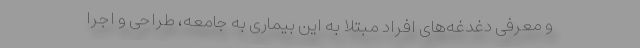
و معرفی دغدغه‌های افراد مبتلا به این بیماری به جامعه، طراحی و اجرا